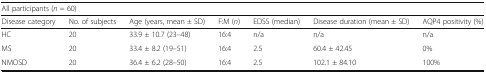
<table><thead><tr><td colspan="7"><b>All participants (<i>n</i> = 60)</b></td></tr><tr><td><b>Disease category</b></td><td><b>No. of subjects</b></td><td><b>Age (years, mean ± SD)</b></td><td><b>F:M (<i>n</i>)</b></td><td><b>EDSS (median)</b></td><td><b>Disease duration (mean ± SD)</b></td><td><b>AQP4 positivity (%)</b></td></tr></thead><tbody><tr><td>HC</td><td>20</td><td>33.9 ± 10.7 (23–48)</td><td>16:4</td><td>n/a</td><td>n/a</td><td>n/a</td></tr><tr><td>MS</td><td>20</td><td>33.4 ± 8.2 (19–51)</td><td>16:4</td><td>2.5</td><td>60.4 ± 42.45</td><td>0%</td></tr><tr><td>NMOSD</td><td>20</td><td>36.4 ± 6.2 (28–50)</td><td>16:4</td><td>2.5</td><td>102.1 ± 84.10</td><td>100%</td></tr></tbody></table>